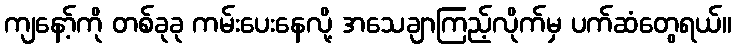
ကျနော့်ကို တစ်ခုခု ကမ်းပေးနေလို့ အသေချာကြည့်လိုက်မှ ပက်ဆံတွေရယ်။